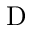
\mathrm { D }